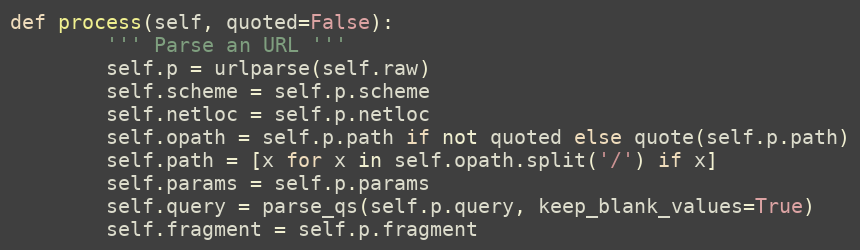
Language: Python
def process(self, quoted=False):
        ''' Parse an URL '''
        self.p = urlparse(self.raw)
        self.scheme = self.p.scheme
        self.netloc = self.p.netloc
        self.opath = self.p.path if not quoted else quote(self.p.path)
        self.path = [x for x in self.opath.split('/') if x]
        self.params = self.p.params
        self.query = parse_qs(self.p.query, keep_blank_values=True)
        self.fragment = self.p.fragment